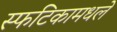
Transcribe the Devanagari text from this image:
स्फटिकामधले